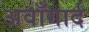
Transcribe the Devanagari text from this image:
अवाँगार्द